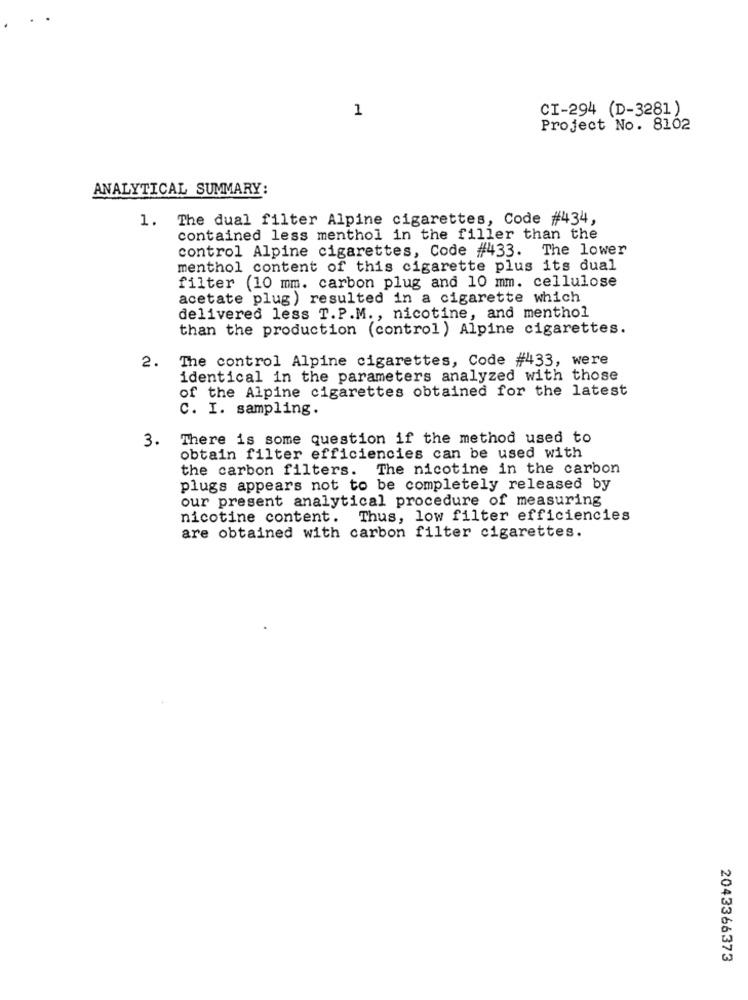
1
CI-294 (D-3281)
Project No. 8102
ANALYTICAL SUMMARY:
1. The dual filter Alpine cigarettes, Code #434,
contained less menthol in the filler than the
control Alpine cigarettes, Code #433. The lower
menthol content of this cigarette plus its dual
filter (10 mm. carbon plug and 10 mm. cellulose
acetate plug) resulted in a cigarette which
delivered less T.P.M ., nicotine, and menthol
than the production (control) Alpine cigarettes.
2.
The control Alpine cigarettes, Code #433, were
identical in the parameters analyzed with those
of the Alpine cigarettes obtained for the latest
C. I. sampling.
3. There is some question if the method used to
obtain filter efficiencies can be used with
the carbon filters. The nicotine in the carbon
plugs appears not to be completely released by
our present analytical procedure of measuring
nicotine content. Thus, low filter efficiencies
are obtained with carbon filter cigarettes.
2043366373